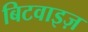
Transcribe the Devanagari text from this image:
बिटवाइज़